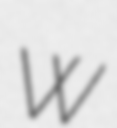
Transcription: W